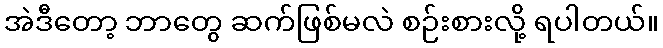
အဲဒီတော့ ဘာတွေ ဆက်ဖြစ်မလဲ စဉ်းစားလို့ ရပါတယ်။